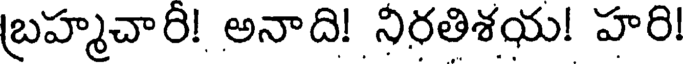
బ్రహ్మచారి! అనాది! నిరతిశయ! హరి!